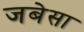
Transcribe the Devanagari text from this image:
जबेसा